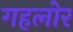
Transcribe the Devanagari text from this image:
गहलोर